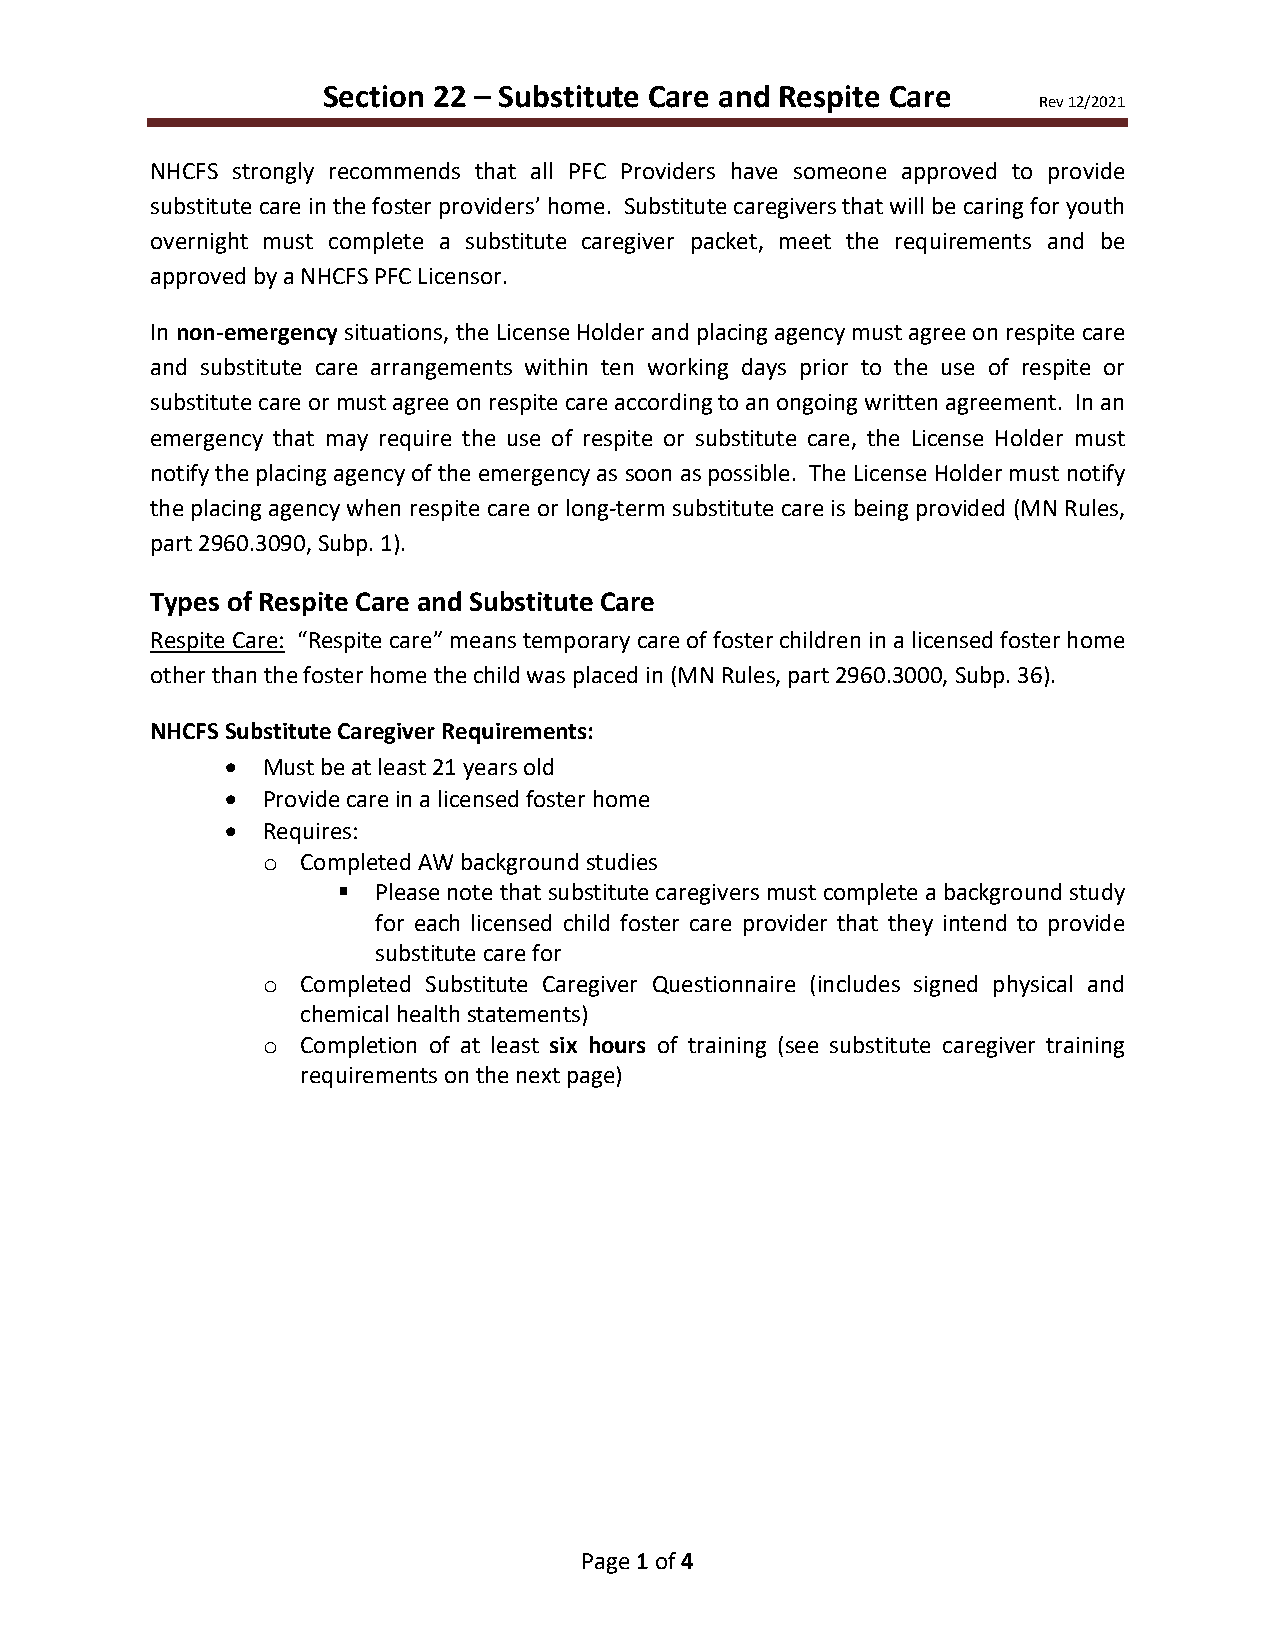
Section 22 – Substitute Care and Respite Care
 Rev 12/2021
 NHCFS strongly recommends that all PFC Providers have someone approved to provide
 substitute care in the foster providers’ home. Substitute caregivers that will be caring for youth
 overnight must complete a substitute caregiver packet, meet the requirements and be
 approved by a NHCFS PFC Licensor.
 In non-emergency situations, the License Holder and placing agency must agree on respite care
 and substitute care arrangements within ten working days prior to the use of respite or
 substitute care or must agree on respite care according to an ongoing written agreement. In an
 emergency that may require the use of respite or substitute care, the License Holder must
 notify the placing agency of the emergency as soon as possible. The License Holder must notify
 the placing agency when respite care or long-term substitute care is being provided (MN Rules,
 part 2960.3090, Subp. 1).
 Types of Respite Care and Substitute Care
 Respite Care: “Respite care” means temporary care of foster children in a licensed foster home
 other than the foster home the child was placed in (MN Rules, part 2960.3000, Subp. 36).
 NHCFS Substitute Caregiver Requirements:
 • Must be at least 21 years old
 • Provide care in a licensed foster home
 • Requires:
 Completed AW background studies
 o
   Please note that substitute caregivers must complete a background study
 for each licensed child foster care provider that they intend to provide
 substitute care for
 Completed Substitute Caregiver Questionnaire (includes signed physical and
 o
 chemical health statements)
 Completion of at least six hours of training (see substitute caregiver training
 o
 requirements on the next page)
 Page 1 of 4